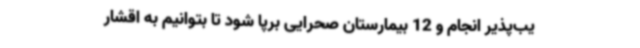
یب‌پذیر انجام و 12 بیمارستان صحرایی برپا شود تا بتوانیم به اقشار